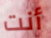
أنت